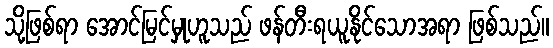
သို့ဖြစ်ရာ အောင်မြင်မှုဟူသည် ဖန်တီးရယူနိုင်သောအရာ ဖြစ်သည်။